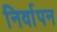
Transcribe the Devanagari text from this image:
निर्वापन